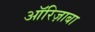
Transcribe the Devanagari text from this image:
ऑरिज़ाबा